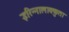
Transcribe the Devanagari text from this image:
इरिन्नालाक्कुता